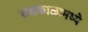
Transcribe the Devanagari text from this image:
सद्यकाळामध्ये